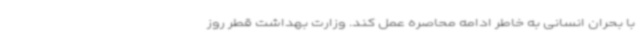
با بحران انسانی به خاطر ادامه محاصره عمل کند. وزارت بهداشت قطر روز